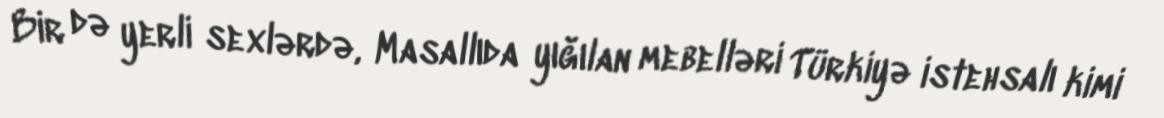
Bir də yerli sexlərdə, Masallıda yığılan mebelləri Türkiyə istehsalı kimi